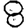
Digit: 8